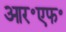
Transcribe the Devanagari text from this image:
आर॰एफ॰